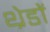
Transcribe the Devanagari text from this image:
थ्रेडों